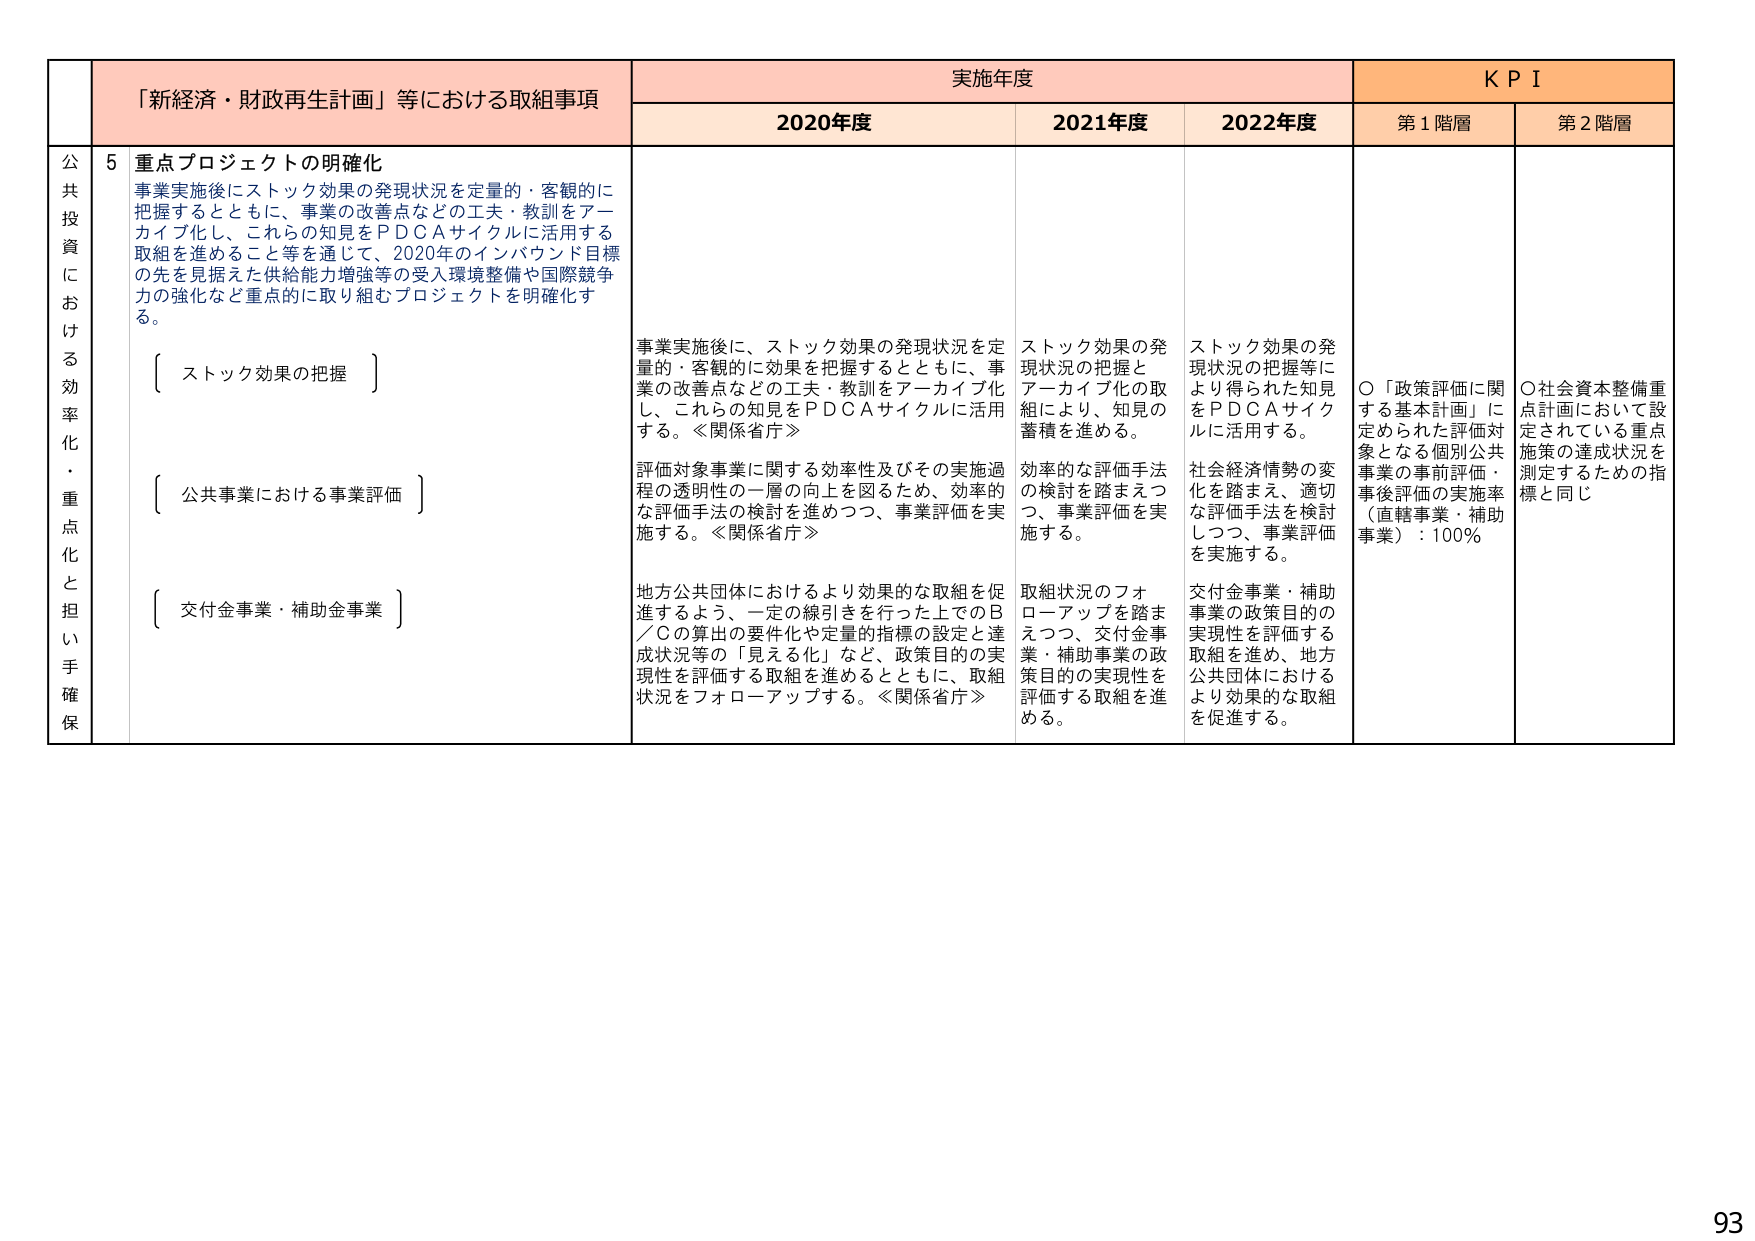
公
共
投
資
に
お
け
る
効
率
化
・
重
点
化
と
担
い
手
確
保

「新経済・財政再生計画」等における取組事項

実施年度

K P I

2020年度

2021年度

2022年度

第1階層

第2階層

5 重点プロジェクトの明確化

事業実施後にストック効果の発現状況を定量的・客観的に把握するとともに、事業の改善点などの工夫・教訓をアーカイブ化し、これらの知見をＰＤＣＡサイクルに活用する取組を進めること等を通じて、2020年のインバウンド目標の先を見据えた供給能力増強等の受入環境整備や国際競争力の強化など重点的に取り組むプロジェクトを明確化する。

〔 ストック効果の把握 〕

〔 公共事業における事業評価 〕

〔 交付金事業・補助金事業 〕

事業実施後に、ストック効果の発現状況を定量的・客観的に効果を把握するとともに、事業の改善点などの工夫・教訓をアーカイブ化し、これらの知見をＰＤＣＡサイクルに活用する。≪関係省庁≫

評価対象事業に関する効率性及びその実施過程の透明性の一層の向上を図るため、効率的な評価手法の検討を進めつつ、事業評価を実施する。≪関係省庁≫

地方公共団体におけるより効果的な取組を促進するよう、一定の線引きを行った上でのＢ／Ｃの算出の要件化や定量的指標の設定と達成状況等の「見える化」など、政策目的の実現性を評価する取組を進めるとともに、取組状況をフォローアップする。≪関係省庁≫

ストック効果の発現状況の把握とアーカイブ化の取組により、知見の蓄積を進める。

効率的な評価手法の検討を踏まえつつ、事業評価を実施する。

取組状況のフォローアップを踏まえつつ、交付金事業・補助事業の政策目的の実現性を評価する取組を進める。

ストック効果の発現状況の把握等により得られた知見をＰＤＣＡサイクルに活用する。

社会経済情勢の変化を踏まえ、適切な評価手法を検討しつつ、事業評価を実施する。

交付金事業・補助事業の政策目的の実現性を評価する取組を進め、地方公共団体におけるより効果的な取組を促進する。

○「政策評価に関する基本計画」に定められた評価対象となる個別公共事業の事前評価・事後評価の実施率（直轄事業・補助事業）：100％

○社会資本整備重点計画において設定されている重点施策の達成状況を測定するための指標と同じ

93